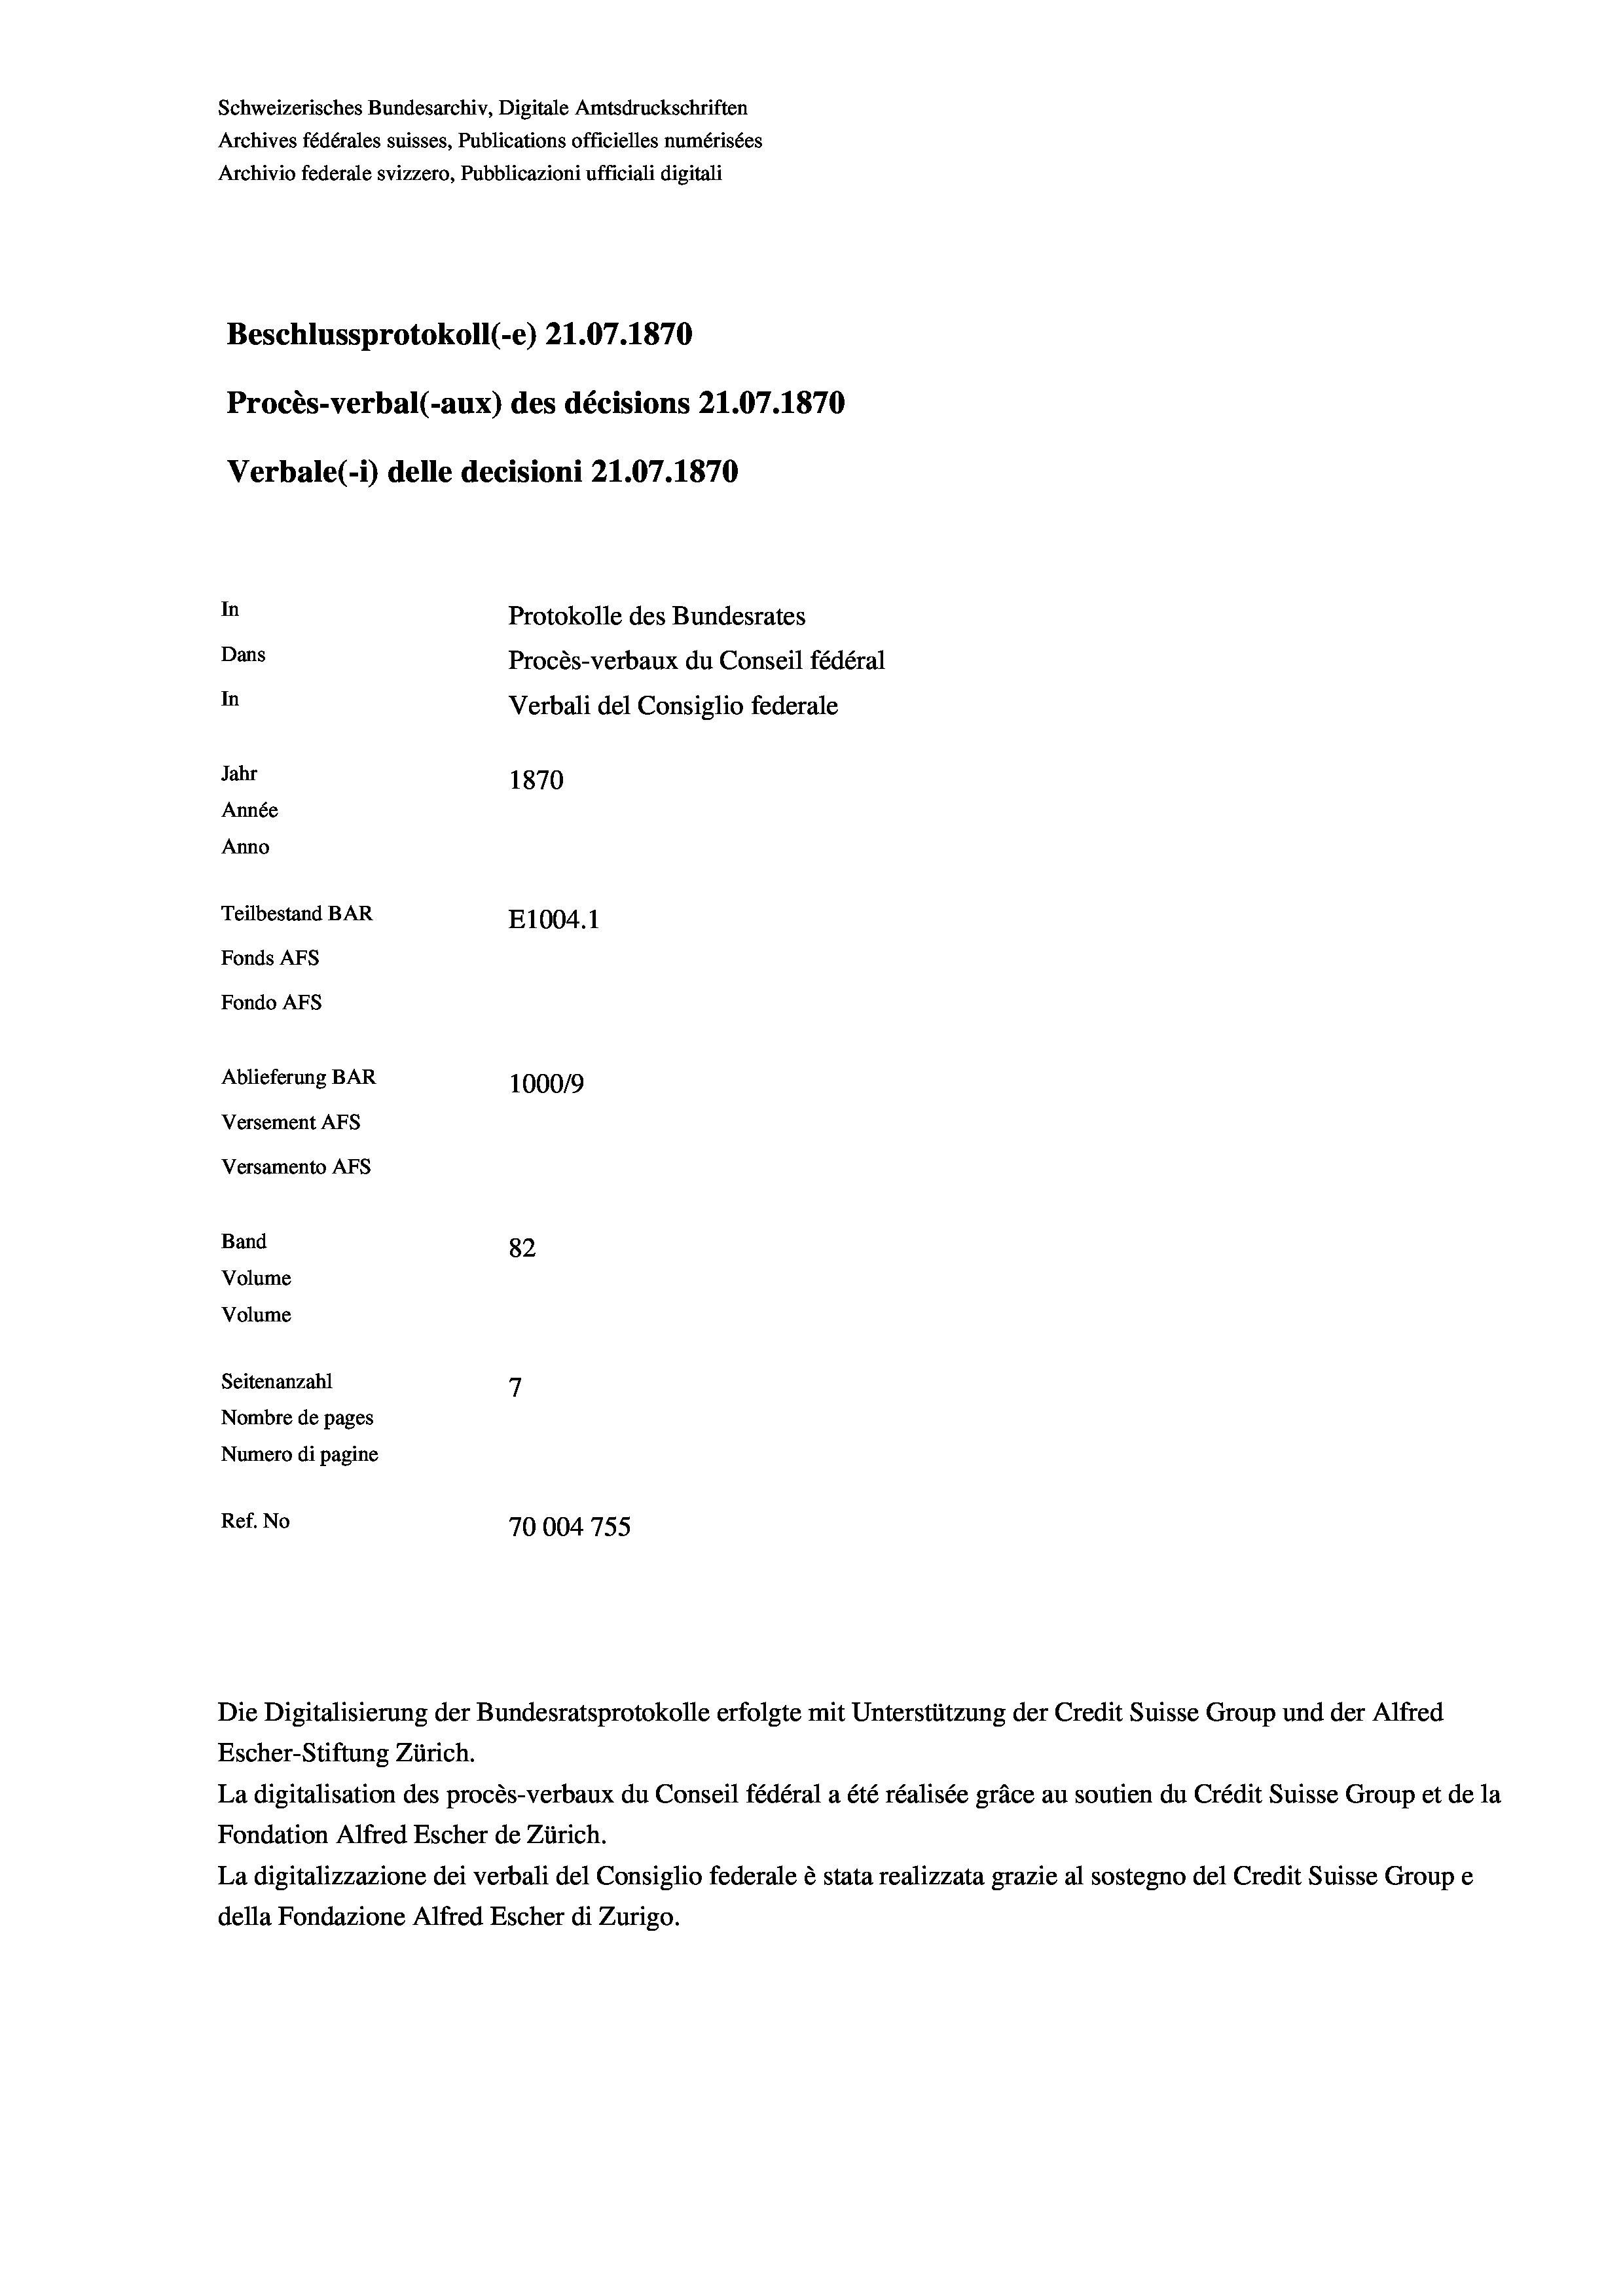
Schweizerisches Bundesarchiv, Digitale Amtsdruckschriften
Archives fédérales suisses, Publications officielles numérisées
Archivio federale svizzero, Pubblicazioni ufficiali digitali
Beschlussprotokoll (-e) 21.07. 1870
Procès-verbal (-aux) des décisions 21.07.1870
Verbale (1) delle decisioni 21.07. 1870
In
Protokolle des Bundesrates
Dans
Procès-verbaux du Conseil fédéra
In
Verbali del Consiglio federale
Jahr
1870
Année
Anno
Teilbestand BAR
E1004.1
Fonds Afs
Fondo AFs
Ablieferung BAR
1000/9
Versement AFS
Versamento Afs
Band
82
Volume
Volume

7
Seitenanzahl
Nombre de pages
Numero di pagine
Ref. No
70004 755

Die Digitalisierung der Bundesratsprotokolle erfolgte mit Unterstützung der Credit Suisse Group und der Alfred
Escher-Stiftung Zürich.
La digitalisation des procès-verbaux du Conseil fédéral a été réalisée gräce au soutien du Crédit Suisse Group et de la
Fondation Alfred Escher de Zürich.
La digitalizzazione dei verbali del Consiglio federale è stata realizzata grazie al sostegno del Credit Suisse Groupe
della Fondazione Alfred Escher di Zurigo.